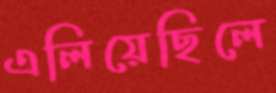
এলিয়েছিলে